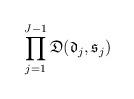
LaTeX: \begin{align*} \prod_{j=1}^{J-1} \mathfrak{D}( \mathfrak{d}_j, \mathfrak{s}_j )\end{align*}